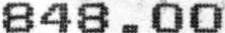
848.00